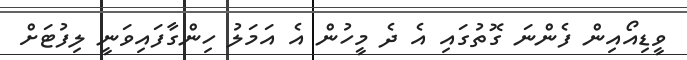
ވީޑިއޯއިން ފެންނަ ގޮތުގައި އެ ދެ މީހުން އެ އަމަލު ހިންގާފައިވަނީ ލިފުޓަށް